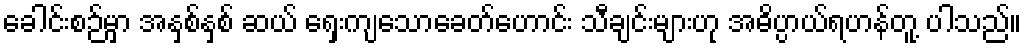
ခေါင်းစဉ်မှာ အနှစ်နှစ် ဆယ် ရှေးကျသောခေတ်ဟောင်း သီချင်းများဟု အဓိပ္ပာယ်ရဟန်တူ့ ပါသည်။